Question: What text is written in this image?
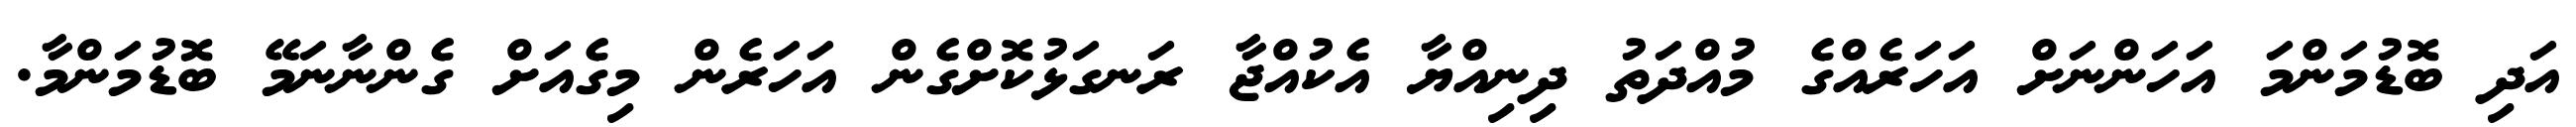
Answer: އަދި ބޮޑުމަންމަ އަހަންނަށް އަހަރެއްގެ މުއްދަތު ދިނިއްޔާ އެކުއްޖާ ރަނގަޅުކޮށްގެން އަހަރެން މިގެއަށް ގެންނާނަމޭ ބޮޑުމަންމާ.